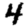
Digit: 4